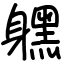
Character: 𨊂